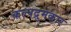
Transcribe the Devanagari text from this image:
कल्पद्रुमकार